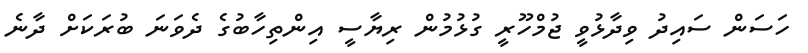
ހަސަން ސައިދު ވިދާޅުވީ ޖުމްހޫރީ ގުޅުމުން ރިޔާސީ އިންތިހާބުގެ ދެވަނަ ބުރަކަށް ދާނެ